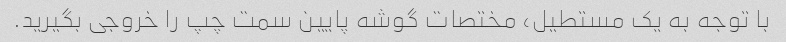
با توجه به یک مستطیل، مختصات گوشه پایین سمت چپ را خروجی بگیرید.